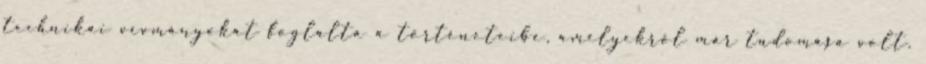
technikai vívmányokat foglalta a történeteibe, amelyekről már tudomása volt.